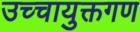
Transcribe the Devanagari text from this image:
उच्चायुक्तगण